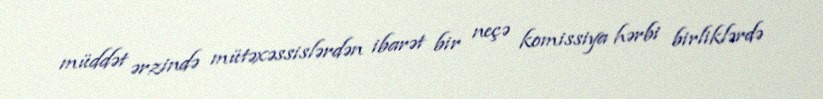
müddət ərzində mütəxəssislərdən ibarət bir neçə komissiya hərbi birliklərdə